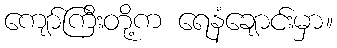
ကျော်ကြီးတို့က ရေနံချောင်းမှာ။